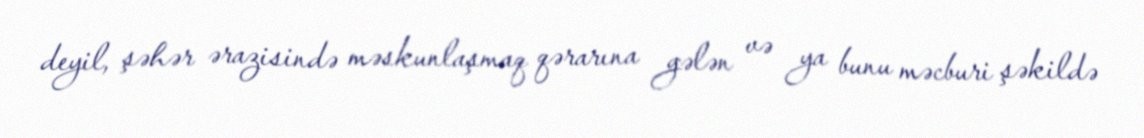
deyil, şəhər ərazisində məskunlaşmaq qərarına gələn və ya bunu məcburi şəkildə